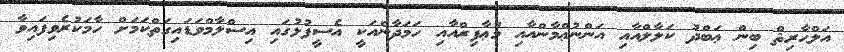
އަލްޙާރިޘް ބިން ޢަބްދު ކަލާލްއާއި އަންނުޢްމާންއާއި މުޢާފިރްއާއި ހަމަދާންއަކީ އެސީފުޅުގައި އިސްލާމްވަޑައިގަތްކަމަށް ހާމަކުރެވިފައިވާ